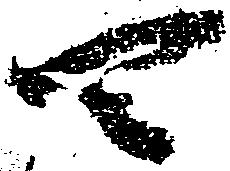
四